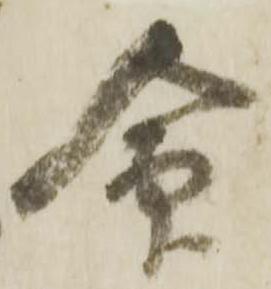
命